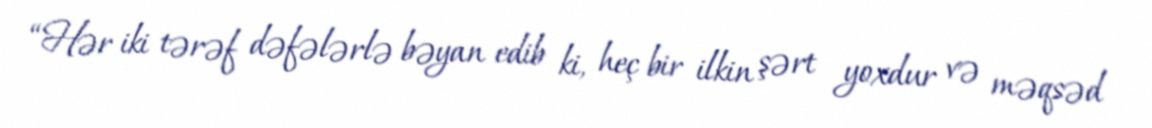
“Hər iki tərəf dəfələrlə bəyan edib ki, heç bir ilkin şərt yoxdur və məqsəd